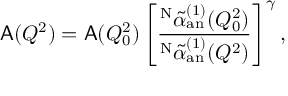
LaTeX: { \sf A } ( Q ^ { 2 } ) = { \sf A } ( Q _ { 0 } ^ { 2 } ) \left[ \frac { ^ { \mathrm { N } } \widetilde { \alpha } _ { \mathrm { a n } } ^ { ( 1 ) } ( Q _ { 0 } ^ { 2 } ) } { ^ { \mathrm { N } } \widetilde { \alpha } _ { \mathrm { a n } } ^ { ( 1 ) } ( Q ^ { 2 } ) } \right] ^ { \gamma } ,